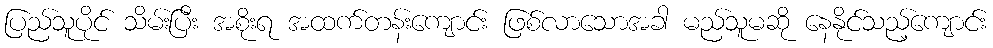
ပြည်သူပိုင် သိမ်းပြီး အစိုးရ အထက်တန်းကျောင်း ဖြစ်လာသောအခါ မည်သူမဆို နေနိုင်သည့်ကျောင်း